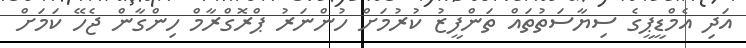
އަދި އެމްޑީޕީގެ ސިޔާސަތުތައް ތަންފީޒު ކުރުމަށް ހުންނަރު ޕްރޮގްރާމް ހިންގާން ޖެހޭ ކަމަށް